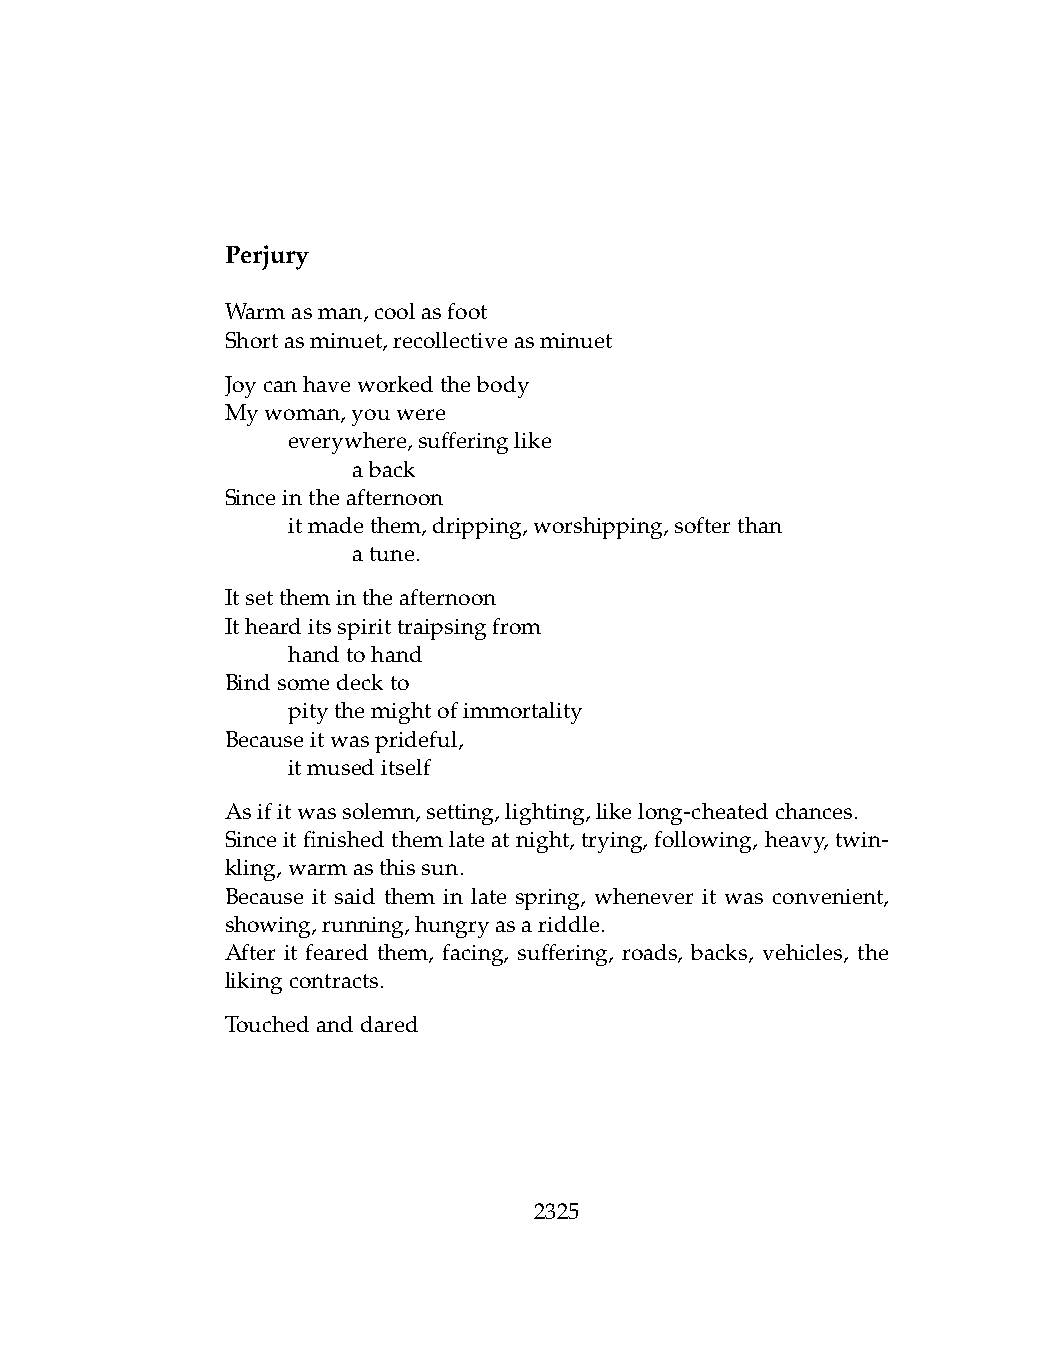
Perjury
 Warmasman,coolasfoot
 Shortasminuet,recollectiveasminuet
 Joycanhaveworkedthebody
 Mywoman,youwere
 .   everywhere,sufferinglike
 .   .   aback
 Sinceintheafternoon
 .   itmadethem,dripping,worshipping,softerthan
 .   .   atune.
 Itsetthemintheafternoon
 Ithearditsspirittraipsingfrom
 .   handtohand
 Bindsomedeckto
 .   pitythemightofimmortality
 Becauseitwasprideful,
 .   itmuseditself
 Asifitwassolemn,setting,lighting,likelong-cheatedchances.
 Sinceitfinishedthemlateatnight, trying, following, heavy, twin-
 kling,warmasthissun.
 Because it said them in late spring, whenever it was convenient,
 showing,running,hungryasariddle.
 After it feared them, facing, suffering, roads, backs, vehicles, the
 likingcontracts.
 Touchedanddared
 2325